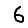
Digit: 6